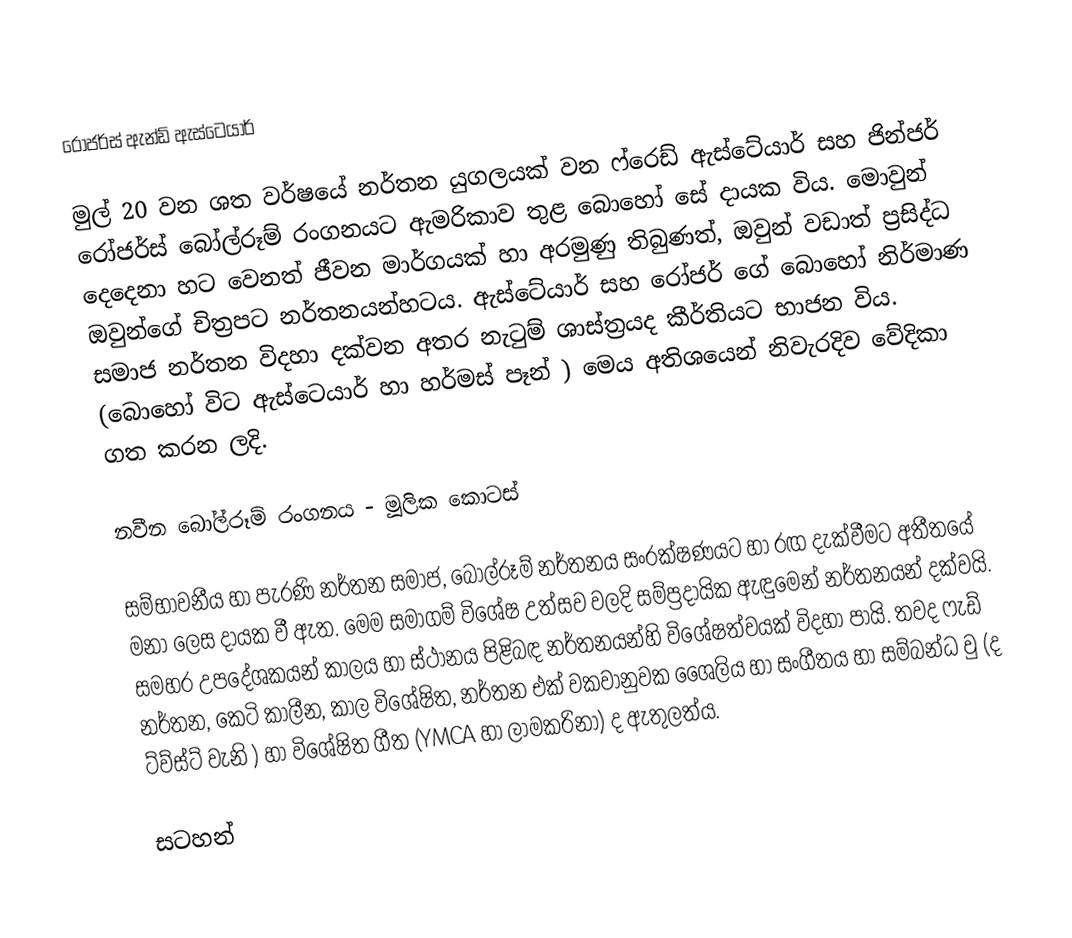
රෝජර්ස් ඇන්ඩ් ඇස්ටෙයාර්

මුල් 20 වන ශත වර්ෂයේ නර්තන යුගලයක් වන ‍ෆ්රෙඩ් ඇස්ටේයාර් සහ ජින්ජර් රෝජර්ස් බෝල්රූම් රංගනයට ඇමරිකාව තුළ බොහෝ සේ දායක විය. මොවුන් දෙදෙනා හට වෙනත් ජීවන මාර්ගයක් හා අරමුණු තිබුණත්, ඔවුන් වඩාත් ප්‍රසිද්ධ ඔවුන්ගේ චිත්‍රපට නර්තනයන්හටය. ඇස්ටේයාර් සහ රෝජර් ගේ බොහෝ නිර්මාණ සමාජ නර්තන විදහා දක්වන අතර නැටුම් ශාස්ත්‍රයද කීර්තියට භාජන විය. (බොහෝ විට ඇස්ටෙයාර් හා හර්මස් පෑන් ) මෙය අතිශයෙන් නිවැරදිව වේදිකා ගත කරන ලදි.

නවීන බෝල්රූම් රංගනය - මූලික කොටස්

සම්භාවනීය හා පැරණි නර්තන සමාජ, බෝල්රූම් නර්තනය සංරක්ෂණයට හා රඟ දැක්වීමට අතීතයේ මනා ලෙස දායක වී ඇත.  මෙම සමාගම් විශේෂ උත්සව වලදි සම්ප්‍රදායික ඇඳුමෙන් නර්තනයන් දක්වයි. සමහර උපදේශකයන් කාලය හා ස්ථානය පිළිබඳ නර්තනයන්හි විශේෂත්වයක් විදහා පායි. තවද ‍ෆැඩ් නර්තන, කෙටි කාලීන, කාල විශේෂිත, නර්තන එක් වකවානුවක ශෛලිය හා සංගීතය හා සම්බන්ධ වු (ද ට්ව්ස්ට් වැනි ) හා විශේෂිත ගීත (YMCA හා ලාමකරිනා) ද ඇතුලත්ය.

සටහන්